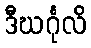
ဒီဃင်္ဂုလိ